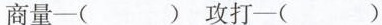
商量-( )攻打-()